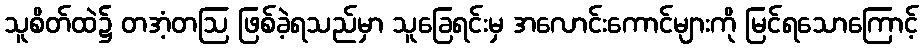
သူစိတ်ထဲ၌ တအံ့တဩ ဖြစ်ခဲ့ရသည်မှာ သူခြေရင်းမှ အလောင်းကောင်များကို မြင်ရသောကြောင့်